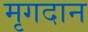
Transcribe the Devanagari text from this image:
मृगदान